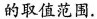
的取值范围.